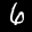
Label: 6